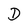
Character: D